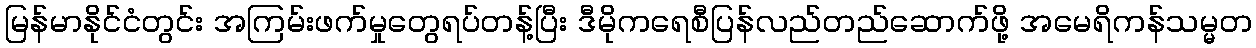
မြန်မာနိုင်ငံတွင်း အကြမ်းဖက်မှုတွေရပ်တန့်ပြီး ဒီမိုကရေစီပြန်လည်တည်ဆောက်ဖို့ အမေရိကန်သမ္မတ